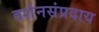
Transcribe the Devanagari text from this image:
दर्शनसंप्रदाय